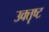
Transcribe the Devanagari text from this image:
उक्तृष्ट